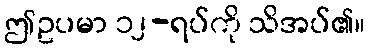
ဤဥပမာ ၁၂-ရပ်ကို သိအပ်၏။